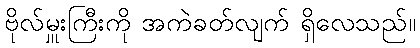
ဗိုလ်မှူးကြီးကို အကဲခတ်လျက် ရှိလေသည်။